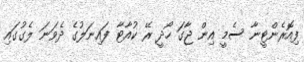
ފިއޮރެންޓީނާ ސެމީ އިން ޖާގަ ހޯދީ ރޭ ކުއާޓާ ފައިނަލުގެ ދެވަނަ ލެގުގައި